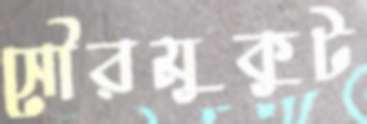
সৌরমুকুট